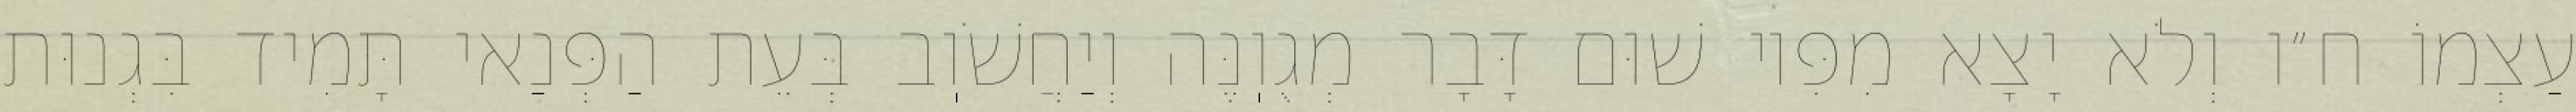
עַצְמוֹ ח״ו וְלֹא יָצָא מִפִּיו שׁוּם דָּבָר מְגֻוֽנֶּה וְיַחֲשֹׁוֽב בְּעֵת הַפְּנַאי תָּמִיד בִּגְנוּת